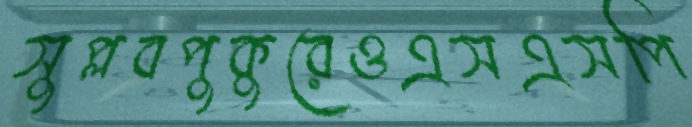
সুপ্লবপুকুরেওএসএসপি